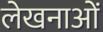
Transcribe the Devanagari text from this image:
लेखनाओं